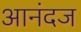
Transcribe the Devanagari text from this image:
आनंदज